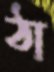
ঠা